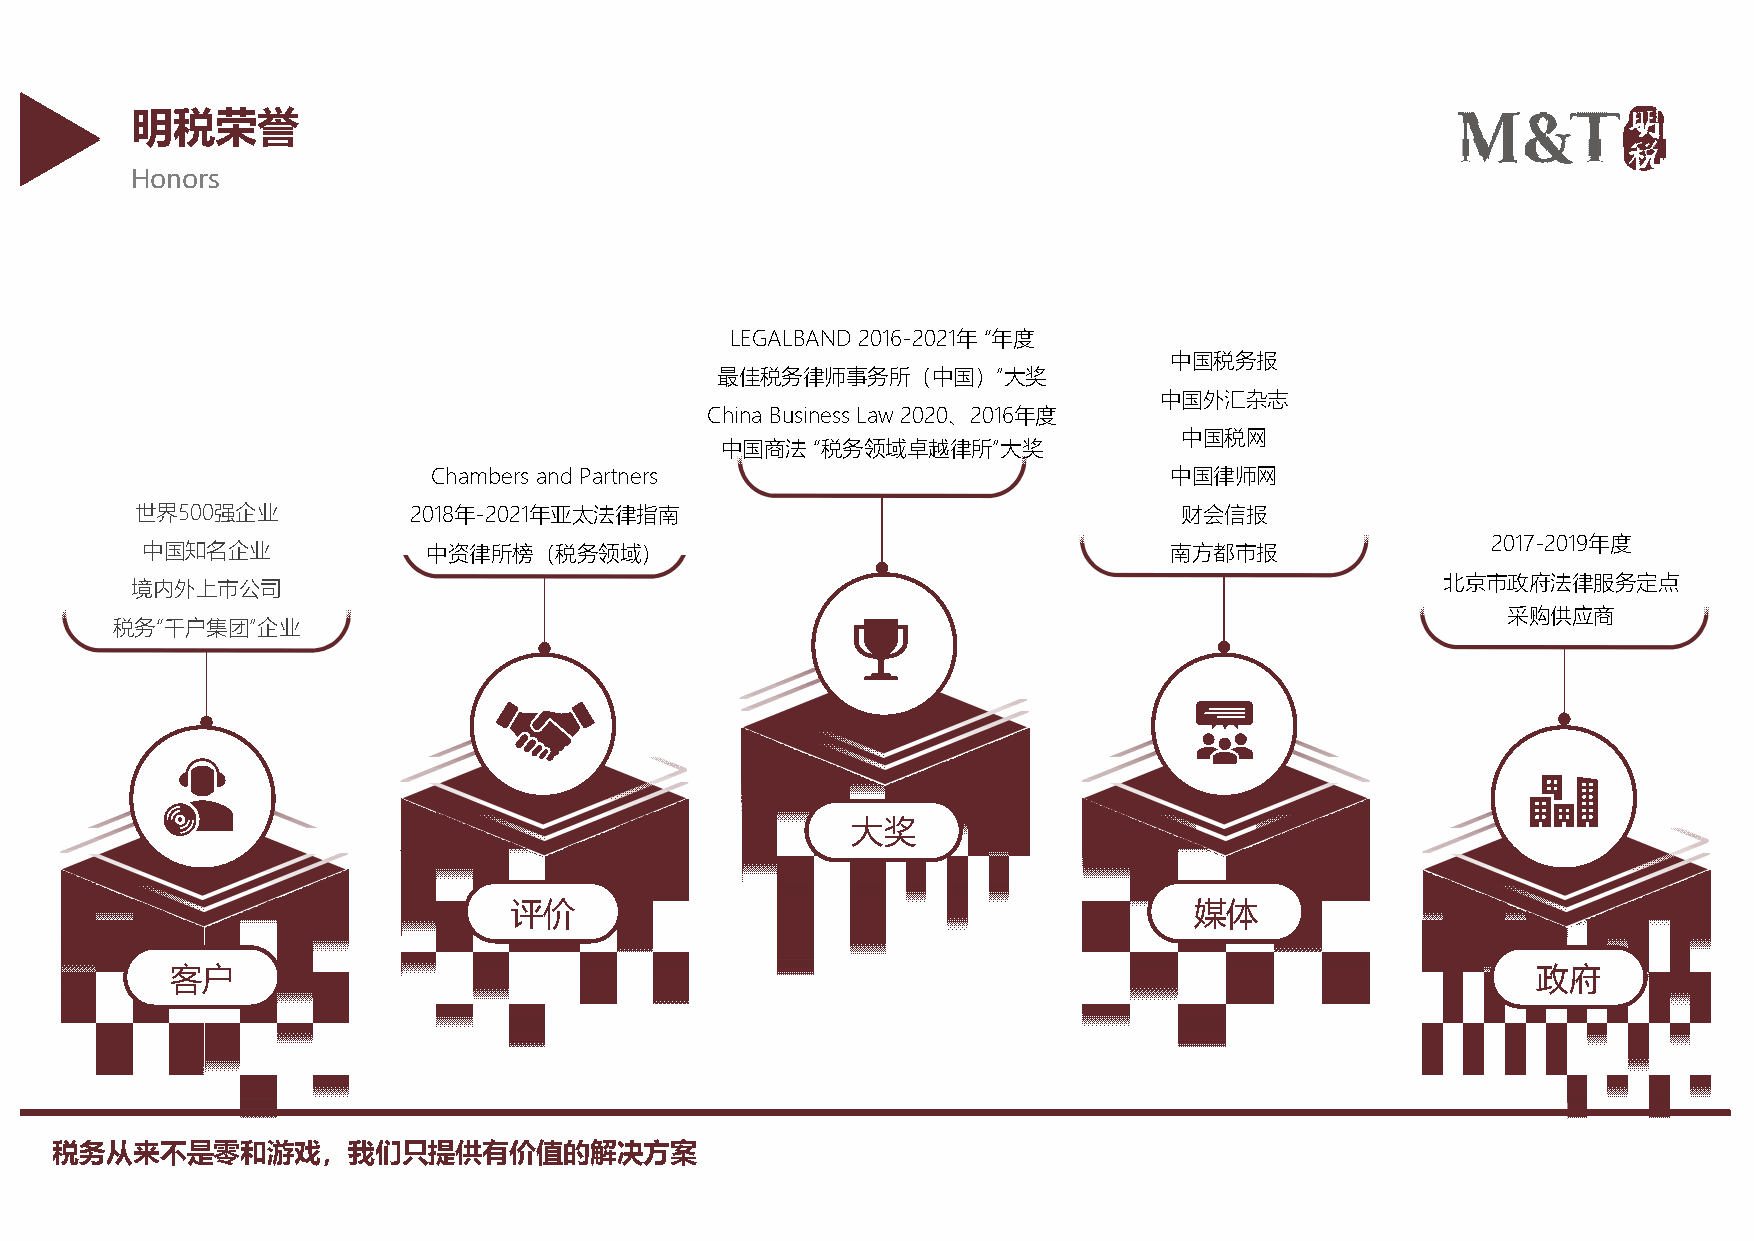
明税荣誉
 Honors
 LEGALBAND 2016-2021年 “年度
 中国税务报
 最佳税务律师事务所（中国）”大奖
 中国外汇杂志
 China Business Law 2020、2016年度
 中国税网
 中国商法  “税务领域卓越律所”大奖
 Chambers and Partners                           中国律师网
 世界500强企业          2018年-2021年亚太法律指南                                  财会信报
 2017-2019年度
 中国知名企业             中资律所榜（税务领域）                                      南方都市报
 北京市政府法律服务定点
 境内外上市公司
 采购供应商
 税务“千户集团”企业
 大奖
 评价                                           媒体
 客户                                                                                         政府
 税务从来不是零和游戏，我们只提供有价值的解决方案